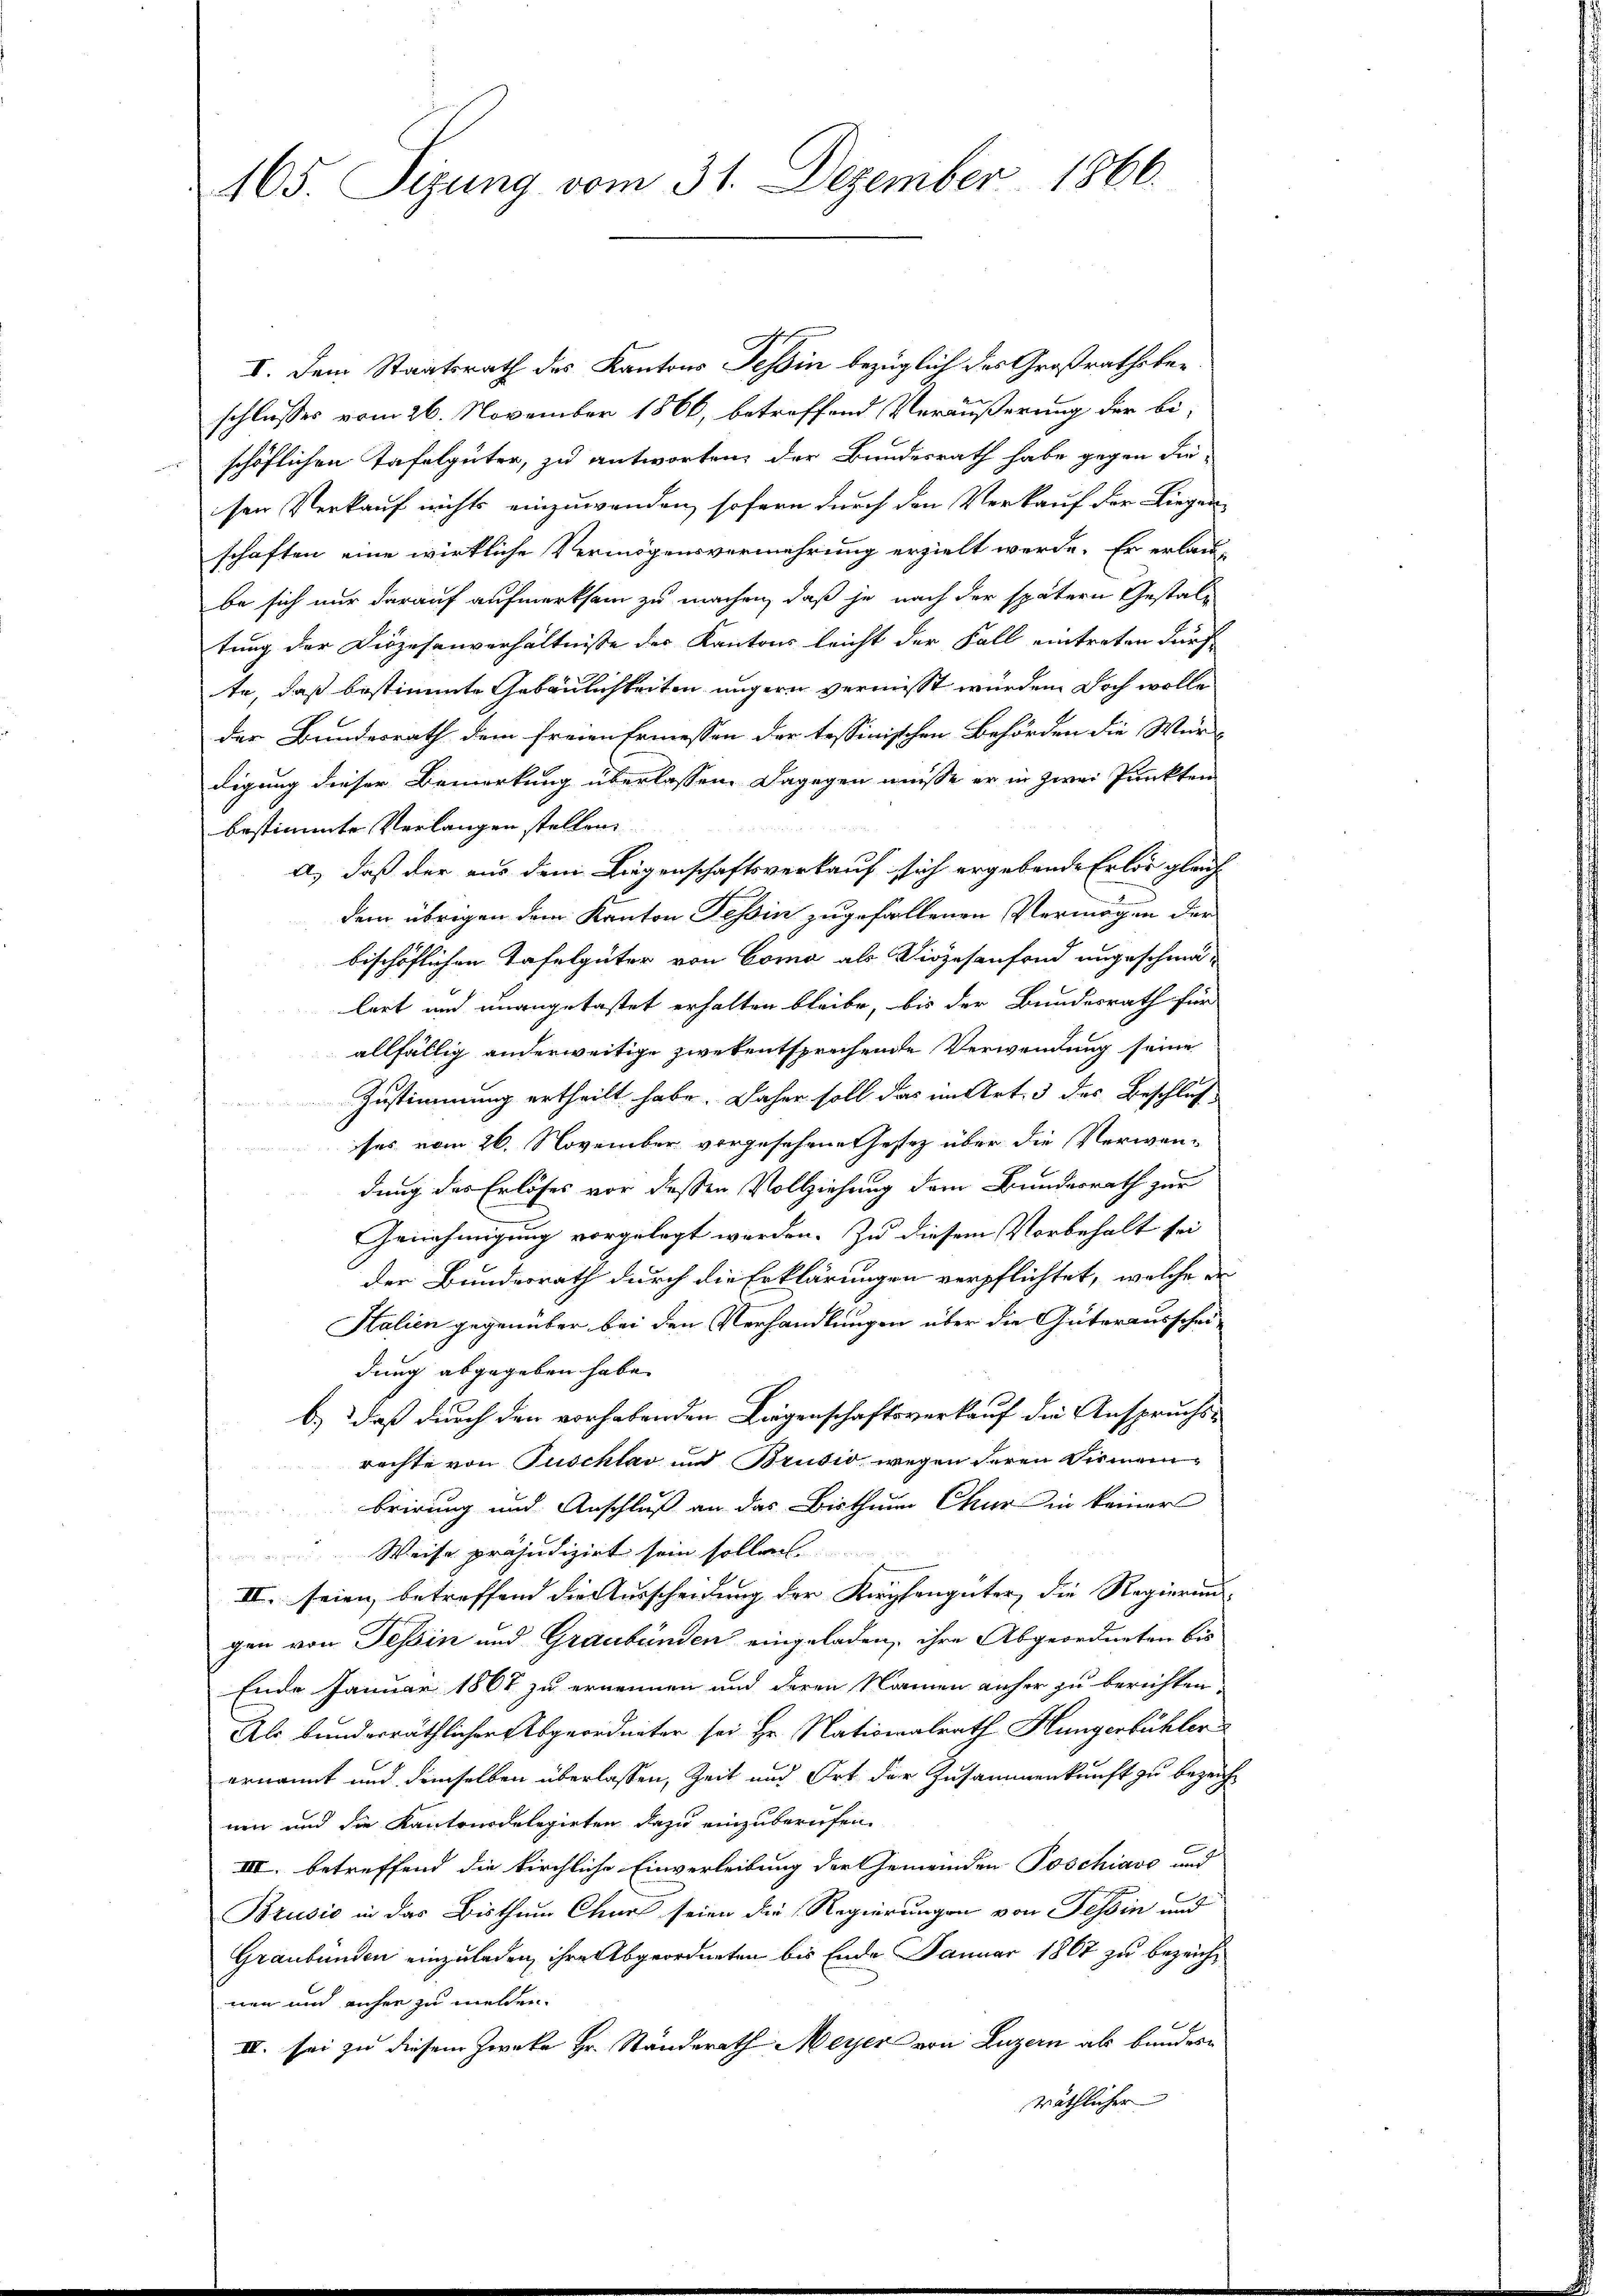
165. Sizung vom 31. Dezember 1866.

I. Dem Staatsrath des Kantons Tessin bezüglich des Großrathsbeschlusses vom 26. November 1866, betreffend Veräußerung der bi-
schöflichen Tafelgüter, zu antworten, der Bundesrath habe gegen die-
sen Verkauf nichts einzuwenden, sofern durch den Verkauf der Liegenschaften eine wirkliche Vermögensvermehrung erzielt werde. Er erlaube sich nur darauf aufmerksam zu machen, daß je nach der spätern Gestaltung der Diözesenverhältnisse des Kantons leicht der Fall eintreten durch
te, daß bestimmte Gebäulichkeiten ungern vermisst wurden. Doch wolle
der Bundesrath dem freien Ermessen der tessinischen Behörden die Wür-
digung dieser Bemerkung überlassen. Dagegen müsse er in zwei Punkten
bestimmte Verlangen stellen.
a.) daß der aus dem Liegenschaftsverkauf sich ergebende Erlös gleich
dem übrigen dem Kanton Tessin zugefallenen Vermögen der
bischöflichen Tafelgüter von Como als Diözesenfond angeschmä-
lert und unangetastet erhalten bleibe, bis der Bundesrath für
allfällig anderweitige zwekentsprechende Verwendung seine
Zustimmung ertheilt habe. Daher soll das im Art. 3 des Beschlußses vom 26. November vorgesehene testez über die Verwendung des Erlöses vor dessen Vollziehung dem Bundesrath zur
Genehmigung vorgelegt worden. Zu diesem Vorbehalt sei
der Bundesrath durch die Erklärungen verpflichtet, welche de
Halien gegenüber bei den Verhandlungen über die Güterausscheidung abgegeben habe.
b.) daß durch den vorhabenden Liegenschaftsverkauf die Anspruchsrechte von Puschlav und Brusio, wegen deren Birmenbrirung und Anschluß an das Bisthum Chur in keiner
Weise präjudizirt sein sollen
II. seien betreffend die Ausscheidung der Kirchengüter, die Regierung. |
gen von Tessin und Graubünden eingeladen, ihre Abgeordneten bis
Ende Januar 1867 zu ernennen und deren Namen anher zu berichten
Als bunderräthlicher Abgeordneter sei Hr. Nationalrath Hungerbühler
ernannt und demselben überlassen, Zeit und Ort der Zusammenkunft zu bezeichnen und die Kantonsdelegirten dazu einzuberufen.
III. betreffend die kirchliche Einverleibung der Gemeinden Poschiavo und
Brusio in das Bisthum Chur seien die Regierungen von Tessin und
Graubünden einzuladen, ihre Abgeordneten bis Ende Januar 1867 zu bezeichnen und anher zu melden.
IV. sei zu diesem Zwecke Hr. Standerath Meyer von Luzern als bundesräthlicher